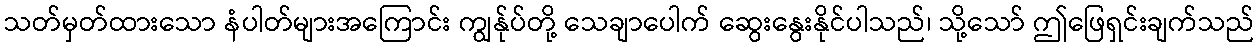
သတ်မှတ်ထားသော နံပါတ်များအကြောင်း ကျွန်ုပ်တို့ သေချာပေါက် ဆွေးနွေးနိုင်ပါသည်၊ သို့သော် ဤဖြေရှင်းချက်သည်